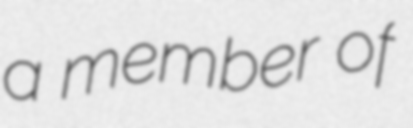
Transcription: a member of